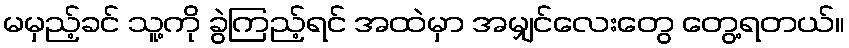
မမှည့်ခင် သူ့ကို ခွဲကြည့်ရင် အထဲမှာ အမျှင်လေးတွေ တွေ့ရတယ်။